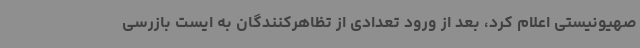
صهیونیستی اعلام کرد، بعد از ورود تعدادی از تظاهرکنندگان به ایست بازرسی